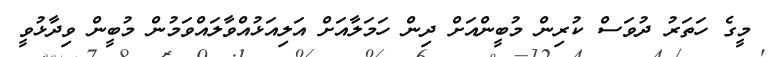
މީގެ ހަތަރު ދުވަސް ކުރިން މުބީންއަށް ދިން ހަމަލާއަށް އަލިއަޅުއްވާލައްވަމުން މުބީން ވިދާޅުވީ